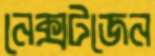
নেক্সটজেন